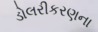
ડોલરીકરણના